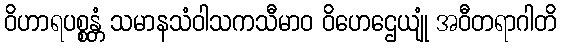
ဝိဟာရပစ္စန္တံ သမာနသံဝါသကသီမာဝ ဝိဟေဌေယျုံ အဝီတရာဂါတိ